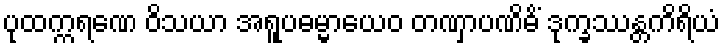
ပုထက္ကရဏေ ဝိသယာ အရူပဓမ္မာယေဝ တဏှာပဏိဓိံ ဒုက္ခဿန္တကိရိယံ